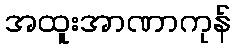
အထူးအာဏာကုန်